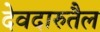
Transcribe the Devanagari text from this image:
देवदारुतैल